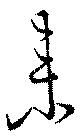
来